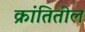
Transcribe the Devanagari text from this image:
क्रांतितील